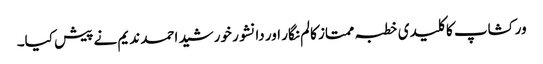
ورکشاپ کا کلیدی خطبہ ممتاز کالم نگار اور دانشور خورشید احمد ندیم نے پیش کیا۔